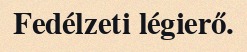
Fedélzeti légierő.